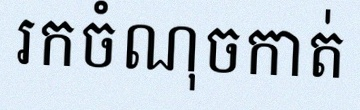
រកចំណុចកាត់